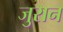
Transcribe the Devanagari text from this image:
जुरान